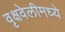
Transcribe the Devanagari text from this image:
वृक्षवेलीमध्ये